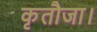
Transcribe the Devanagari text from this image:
कृतौजा।